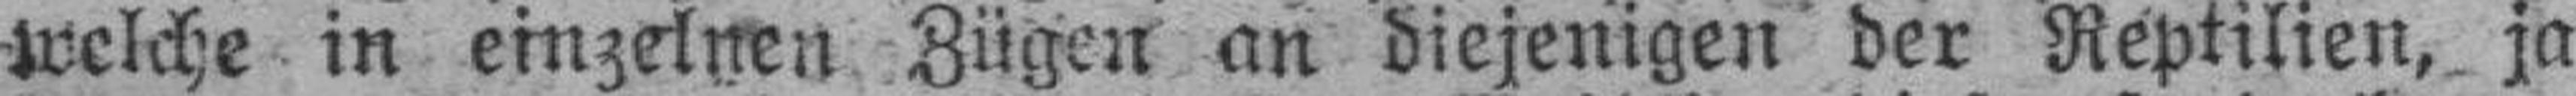
welche in einzelnen Zügen an diejenigen der Reptilien, ja